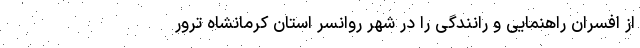
از افسران راهنمایی و رانندگی را در شهر روانسر استان کرمانشاه ترور